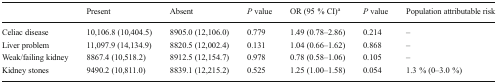
<table><thead><tr><td></td><td><b>Present</b></td><td><b>Absent</b></td><td><b><i>P</i> value</b></td><td><b>OR (95 % CI)<sup>a</sup></b></td><td><b><i>P</i> value</b></td><td><b>Population attributable risk</b></td></tr></thead><tbody><tr><td>Celiac disease</td><td>10,106.8 (10,404.5)</td><td>8905.0 (12,106.0)</td><td>0.779</td><td>1.49 (0.78–2.86)</td><td>0.214</td><td>–</td></tr><tr><td>Liver problem</td><td>11,097.9 (14,134.9)</td><td>8820.5 (12,002.4)</td><td>0.131</td><td>1.04 (0.66–1.62)</td><td>0.868</td><td>–</td></tr><tr><td>Weak/failing kidney</td><td>8867.4 (10,518.2)</td><td>8912.5 (12,154.7)</td><td>0.978</td><td>0.78 (0.58–1.06)</td><td>0.105</td><td>–</td></tr><tr><td>Kidney stones</td><td>9490.2 (10,811.0)</td><td>8839.1 (12,215.2)</td><td>0.525</td><td>1.25 (1.00–1.58)</td><td>0.054</td><td>1.3 % (0–3.0 %)</td></tr></tbody></table>